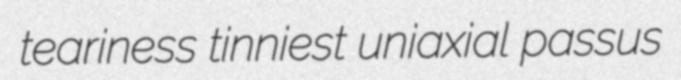
teariness tinniest uniaxial passus